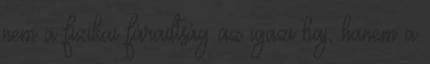
nem a fizikai fáradtság az igazi baj, hanem a